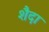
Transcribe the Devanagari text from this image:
शैदा